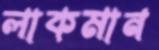
লাকমান